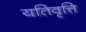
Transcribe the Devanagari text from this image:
यतिवृत्ति